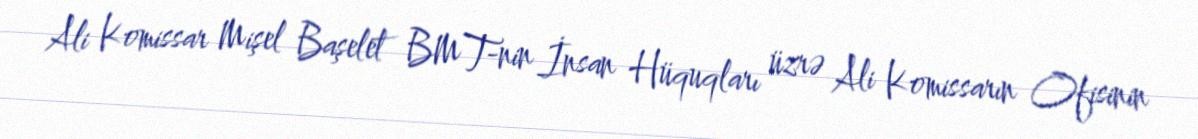
Ali Komissar Mişel Başelet BMT-nin İnsan Hüquqları üzrə Ali Komissarın Ofisinin